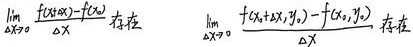
\[\lim_{\Delta x \to 0} \frac{f(x_0 + \Delta x) - f(x_0)}{\Delta x} \text{ 存在} \quad \lim_{\Delta x \to 0} \frac{f(x_0 + \Delta x, y_0) - f(x_0, y_0)}{\Delta x} \text{ 存在}\]